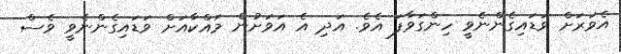
އެވަރަށް ވަޑައިގެންނެވީ ހިންގަވާފަ އެވެ. އަދި އެ އަވަށުން މައްކާއަށް ވަޑައިގެންނެވީ ވެސް